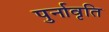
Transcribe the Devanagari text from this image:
पुर्नावृति